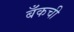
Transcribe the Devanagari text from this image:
बँकची